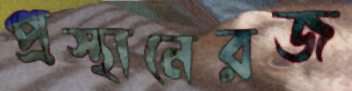
প্রস্থানেরজ